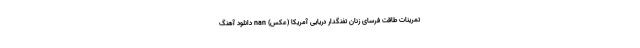
تمرینات طاقت فرسای زنان تفنگدار دریایی آمریکا (عکس) nan دانلود آهنگ